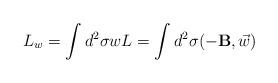
LaTeX: \begin{align*}L_w = \int d^2 \sigma wL =\int d^2 \sigma (- {\bf{B}},\vec{w})\end{align*}